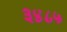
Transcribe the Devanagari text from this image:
३४८५